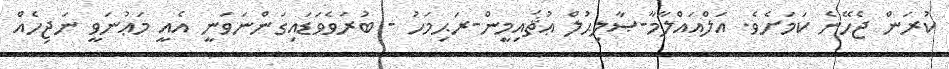
ކުރަން ޖެހޭނެ ކަމަށެވެ. އަލްއައްލާމާ-ޞާލިޙުލް ޢުޘައިމީން-ރަޙިމަހު - ބުރަވެވަޑައިގަންނަވަނީ އެއީ މަޢުނަވީ ނަޖިހެއް